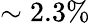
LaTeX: \sim 2.3\%